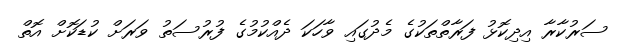
ސަރުކާރާ އިދިކޮޅު ފަރާތްތަކުގެ މެދުގައި ވާހަކަ ދެއްކުމުގެ ފުރުސަތު ވަރަށް ކުޑަކޮށް އޮތް